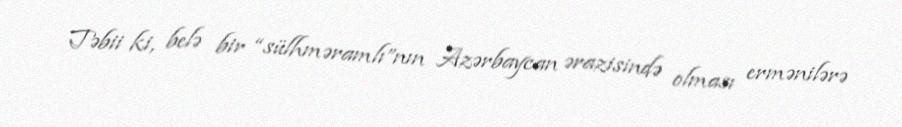
Təbii ki, belə bir “sülhməramlı”nın Azərbaycan ərazisində olması ermənilərə